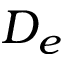
D _ { e }